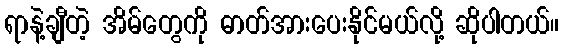
ရာနဲ့ချီတဲ့ အိမ်တွေကို ဓာတ်အားပေးနိုင်မယ်လို့ ဆိုပါတယ်။